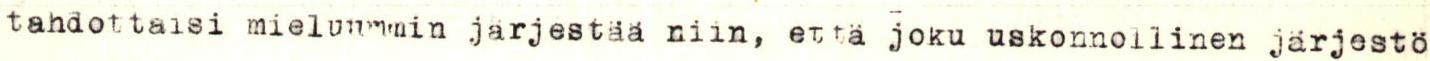
tahdottaisi mieluummin järjestää niin, että joku uskonnollinen järjestö